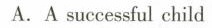
A.A successful child